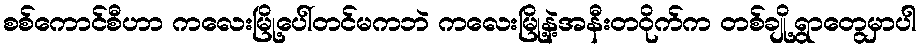
စစ်ကောင်စီဟာ ကလေးမြို့ပေါ်တင်မကဘဲ ကလေးမြို့နဲ့အနီးတဝိုက်က တစ်ချို့ရွာတွေမှာပါ